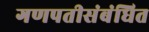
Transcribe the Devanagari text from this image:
गणपतीसंबंधित